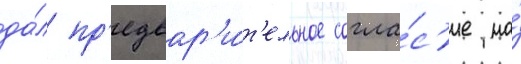
да́л пр'едвар'и́т'ельное согла́с'ие на́